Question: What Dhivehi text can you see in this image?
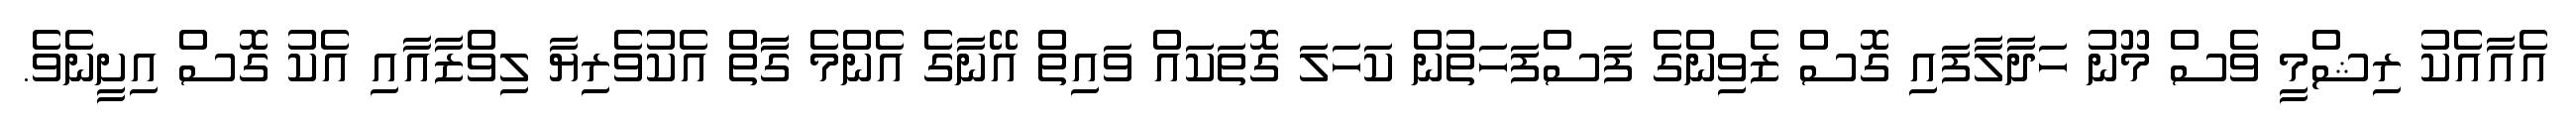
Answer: އެއާއެކު ރިޝްމީ ވެސް މޫނު ހަދާލާފައި ގޮސް ޒެވިންގެ ފަސްފަހަތުން ކަހަލަ ގޮތަކައް ވައިތް އޭނާގެ އެންމެ ގާާތް އެކުވެރިޔާ ލިވްޒާއާއި އެކު ގޮސް އިށީނެވެ.